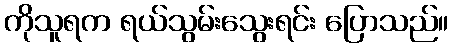
ကိုသူရက ရယ်သွမ်းသွေးရင်း ပြောသည်။